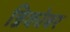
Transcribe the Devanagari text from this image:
न्निकोबर